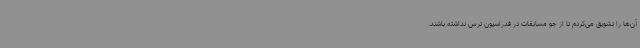
آن‌ها را تشویق می‌کردم تا از جو مسابقات در فدراسیون ترس نداشته باشند.